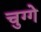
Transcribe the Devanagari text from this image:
चुग्गे